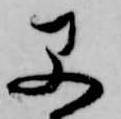
早